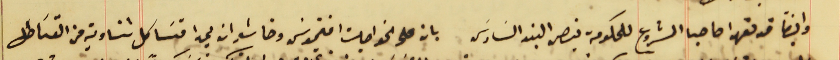
وايضاً قد تعهدا صاحبا المشروع للحكومة بنص البند السَادسَ بان على الخواجات افتيموسَ وخاشو ان يمدا قسَاطل تناوية من القسَاطل